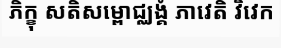
ភិក្ខុ សតិសម្ពោជ្ឈង្គំ ភាវេតិ វិវេក